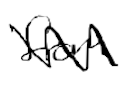
Text: from
Cross-out: zig-zag
Writing tool: digital_black